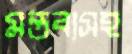
মন্তব্যসহ